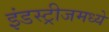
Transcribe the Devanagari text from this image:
इंडस्ट्रीजमध्ये